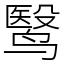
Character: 鹥